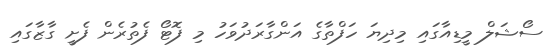
ސޯޝަލް މީޑިއާގައި މިދިޔަ ހަފްތާގެ އަންގާރަދުވަހު މި ފޮޓޯ ފެތުރެން ފެށީ ގާޒާގައި